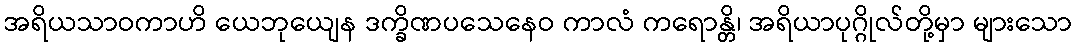
အရိယသာဝကာဟိ ယေဘုယျေန ဒက္ခိဏပသေနေဝ ကာလံ ကရောန္တိ၊ အရိယာပုဂ္ဂိုလ်တို့မှာ များသော